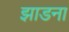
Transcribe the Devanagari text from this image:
झाडना